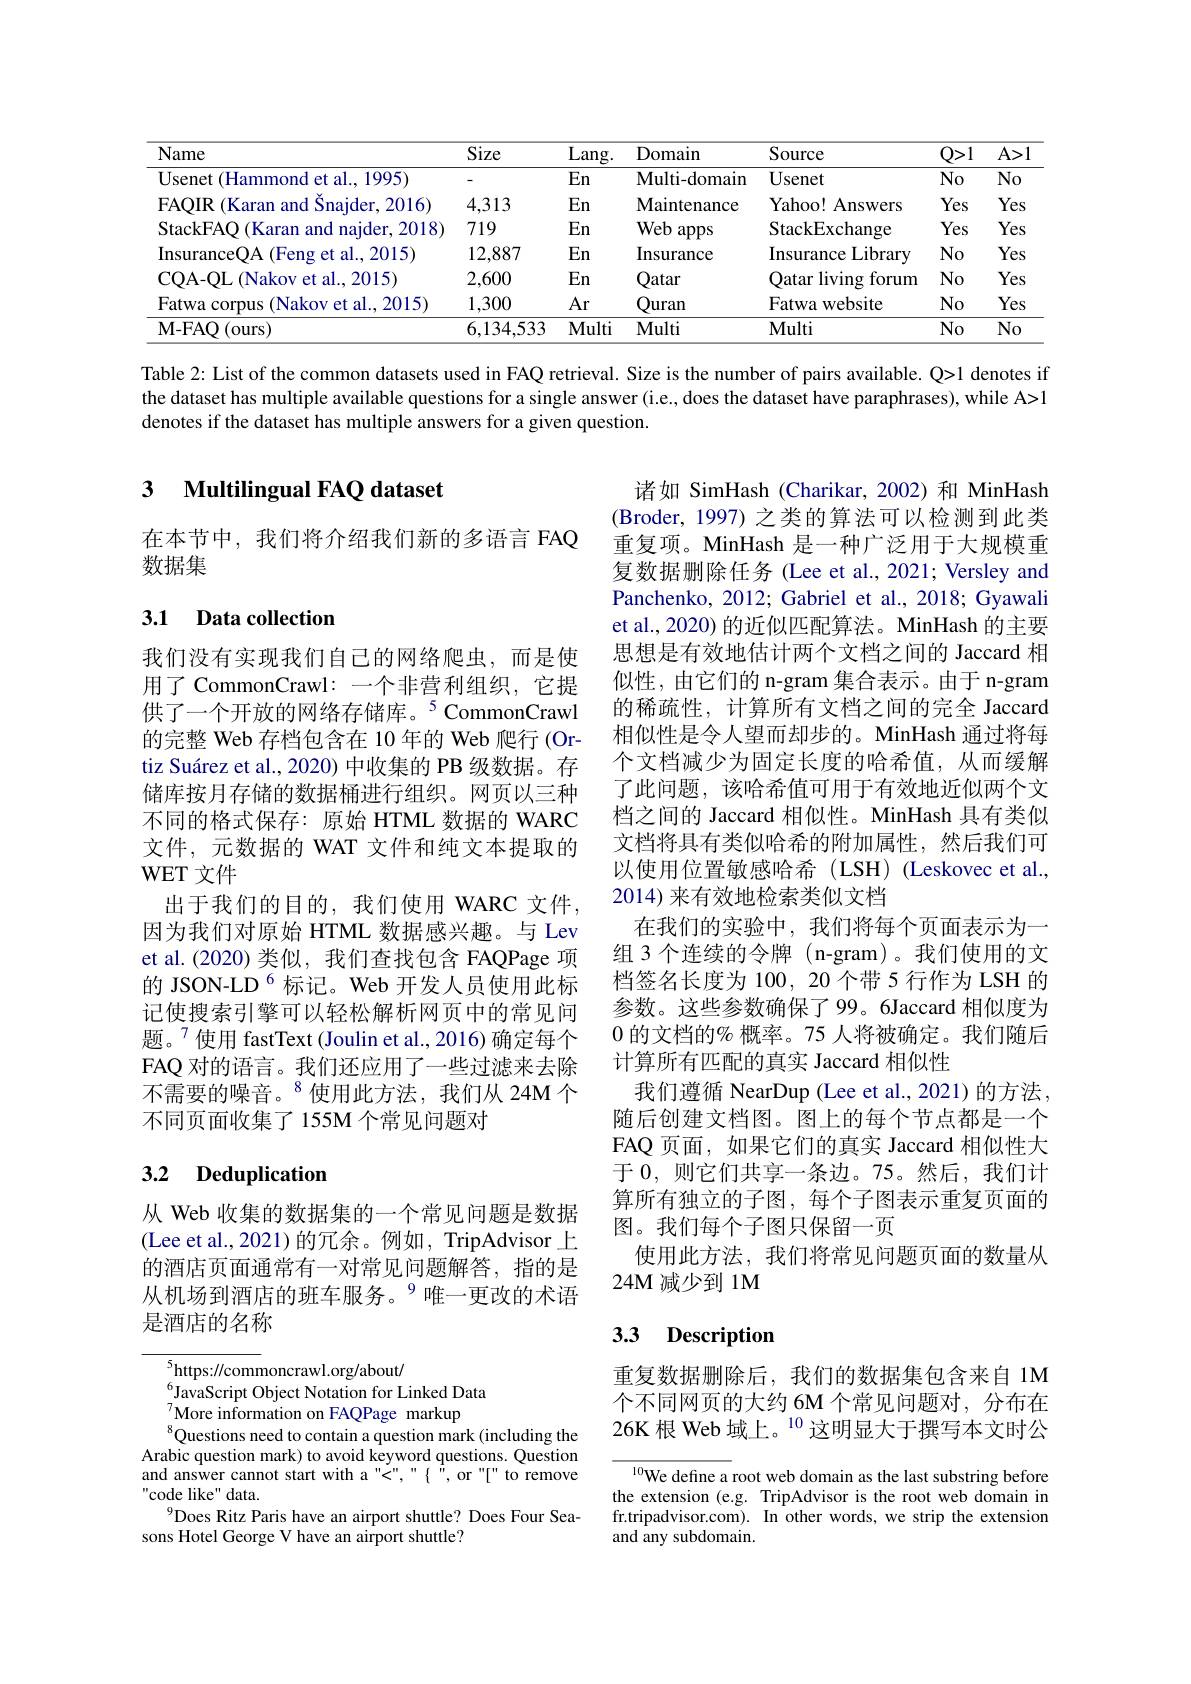
<table>
	<tbody>
		<tr>
			<th>Name</th>
			<th>Size</th>
			<th>Lang. </th>
			<th>Domain</th>
			<th>Source</th>
			<th>$Q>1$ .1 1</th>
			<th>$A>.$</th>
		</tr>
		<tr>
			<td>Usenet (Hammond et al., 1995)</td>
			<td> </td>
			<td>En</td>
			<td>Multi- domain</td>
			<td>$\mathbf{U}_{\mathrm{senet}}$</td>
			<td>$No$</td>
			<td>No</td>
		</tr>
		<tr>
			<td>(Karan and Šnajder, 2016) FAOIR</td>
			<td>4,313</td>
			<td>En</td>
			<td>Maintenance</td>
			<td>Yahoo! Answers</td>
			<td>Yes</td>
			<td>Yes</td>
		</tr>
		<tr>
			<td>StackFAO (Karan and naider, 2018)</td>
			<td>719</td>
			<td>En</td>
			<td>Web apps</td>
			<td>StackExchange</td>
			<td>Yes</td>
			<td>Yes</td>
		</tr>
		<tr>
			<td>InsuranceQA (Feng et al., 2015)</td>
			<td>12,887</td>
			<td>En</td>
			<td>Insurance</td>
			<td>Insurance Library</td>
			<td>$No$</td>
			<td>Yes</td>
		</tr>
		<tr>
			<td>COA- OL ( Nakov et al. , 2015) </td>
			<td>2,600</td>
			<td>En</td>
			<td>Qatar</td>
			<td>Qatar living forum</td>
			<td>$No$</td>
			<td>Yes</td>
		</tr>
		<tr>
			<td>Fatwa corpus :(Nakov et al., 2015)</td>
			<td>1,300</td>
			<td>Ar</td>
			<td>Quran</td>
			<td>Fatwa $\textbf{a website}$</td>
			<td>$No$</td>
			<td>Yes</td>
		</tr>
		<tr>
			<td>M- FAQ( ours) </td>
			<td>6,134,533</td>
			<td>Multi</td>
			<td>Multi</td>
			<td>Multi</td>
			<td>$No$</td>
			<td>No</td>
		</tr>
	</tbody>
</table>

Table 2: List of the common datasets used in FAQ retrieval. Size is the number of pairs available. Q>1 denotes if the dataset has multiple available questions for a single answer (i.e., does the dataset have paraphrases), while A>1 denotes if the dataset has multiple answers for a given question.

### 3 $\textbf{Multilingual FAO dataset}$

在本节中，我们将介绍我们新的多语言 FAQ
数据集

## 3.1 Data collection

诸如 SimHash (Charikar,2002) 和 MinHash (Broder, 1997) 之类的算法可以检测到此类重复项。MinHash 是一种广泛用于大规模重复数据删除任务 (Lee et al., 2021; Versley and Panchenko, 2012; Gabriel et al., 2018; Gyawali et al., 2020) 的近似匹配算法。MinHash 的主要思想是有效地估计两个文档之间的 Jaccard 相似性，由它们的 n-gram 集合表示。由于 n-gram 的稀疏性，计算所有文档之间的完全 Jaccard 相似性是令人望而却步的。MinHash 通过将每个文档减少为固定长度的哈希值，从而缓解了此问题，该哈希值可用于有效地近似两个文档之间的 Jaccard 相似性。MinHash 具有类似文档将具有类似哈希的附加属性，然后我们可以使用位置敏感哈希(LSH)(Leskovec et al., 2014) 来有效地检索类似文档
在我们的实验中，我们将每个页面表示为一组 3 个连续的令牌 (n-gram)。我们使用的文档签名长度为 100, 20 个带 5 行作为 LSH 的参数。这些参数确保了99。6Jaccard 相似度为0的文档的% 概率。75 人将被确定。我们随后计算所有匹配的真实 Jaccard 相似性
我们遵循 NearDup (Lee et al., 2021) 的方法 , 随后创建文档图。图上的每个节点都是一个FAQ 页面，如果它们的真实 Jaccard 相似性大于 0, 则它们共享一条边。75。然后，我们计算所有独立的子图，每个子图表示重复页面的图。我们每个子图只保留一页
使用此方法，我们将常见问题页面的数量从
$24\mathbf{M}$减少到 1M

我们没有实现我们自己的网络爬虫，而是使用了 CommonCrawl: 一个非营利组织，它提供了一个开放的网络存储库。$^{5}$CommonCrawl 的完整 Web 存档包含在 10 年的 Web 爬行 (Ortiz Suárez et al., 2020) 中收集的 PB 级数据。存储库按月存储的数据桶进行组织。网页以三种不同的格式保存：原始 HTML 数据的 WARC 文件，元数据的 WAT 文件和纯文本提取的WET 文件
出于我们的目的，我们使用 WARC 文件因为我们对原始 HTML 数据感兴趣。与 Lev et al.(2020)类似，我们查找包含 FAQPage 项的 JSON-LD$^{6}$标记。Web 开发人员使用此标记使搜索引擎可以轻松解析网页中的常见问题。$^{7}$使用 fastText (Joulin et al., 2016) 确定每个FAQ 对的语言。我们还应用了一些过滤来去除不需要的噪音。$^{8}$使用此方法，我们从 24M 个不同页面收集了155M 个常见问题对

## 3.2 Deduplication

从 Web 收集的数据集的一个常见问题是数据(Lee et al., 2021) 的冗余。例如，TripAdvisor上的酒店页面通常有一对常见问题解答，指的是从机场到酒店的班车服务。9唯一更改的术语是酒店的名称

## 3.3 Description

重复数据删除后，我们的数据集包含来自 1M 个不同网页的大约 6M 个常见问题对，分布在26K 根 Web 域上。$^{10}$这明显大于撰写本文时公

$^{5}$https://commoncrawl.org/about/
$^{6}$JavaScript Object Notation for Linked Data
${}_{0}^{7}{\mathrm{More~information~on~FAQPage~markup}}$
Questions need to contain a question mark (including the Arabic question mark) to avoid keyword questions. Question and answer cannot start with a"<"," $\{ \text{\" {" }, or" [ " to remove}$ "code like" data.
$^{9}$Does Ritz Paris have an airport shuttle? Does Four Sea-
sons Hotel George V have an airport shuttle?

$^{10}$We define a root web domain as the last substring before the extension (e.g. TripAdvisor is the root web domain in fr.tripadvisor.com). In other words, we strip the extension and any subdomain.